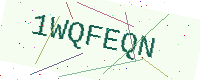
Text: 1WQFEQN